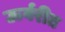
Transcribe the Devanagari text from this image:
ऊर्वरीत